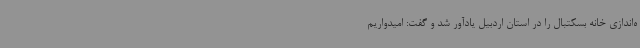
ه‌اندازی خانه بسکتبال را در استان اردبیل یادآور شد و گفت: امیدواریم